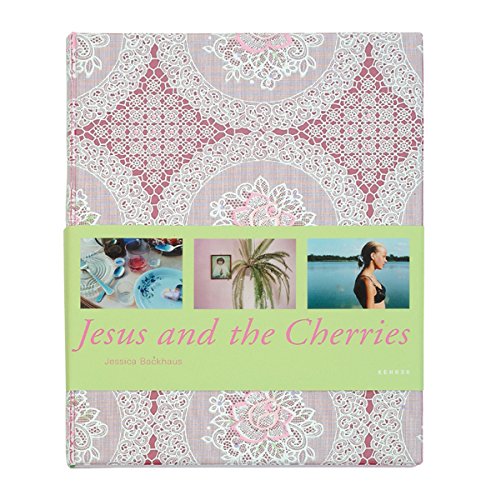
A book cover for Jessica Backhaus: Jesus and the Cherries (German Edition); Stephan Schmidt-Wulffen; Travel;